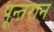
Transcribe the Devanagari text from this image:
पून्तरान